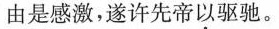
由是感激，遂许先帝以驱驰。